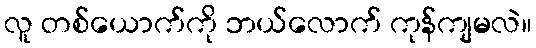
လူ တစ်ယောက်ကို ဘယ်လောက် ကုန်ကျမလဲ။